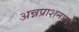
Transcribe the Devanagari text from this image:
अन्नप्राशनास